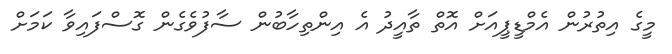
މީގެ އިތުރުން އެމްޑީޕީއަށް އޮތް ތާއީދު އެ އިންތިހާބުން ސާފުވެގެން ގޮސްފައިވާ ކަމަށް